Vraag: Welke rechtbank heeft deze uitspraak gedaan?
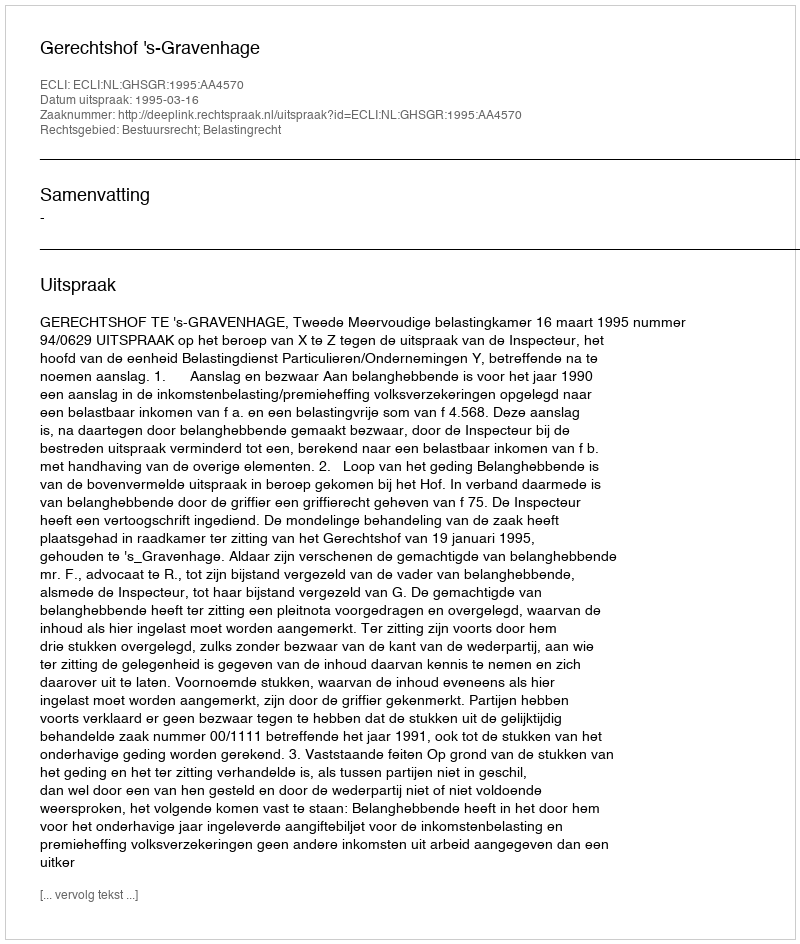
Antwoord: Gerechtshof 's-Gravenhage